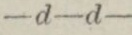
—d—d—